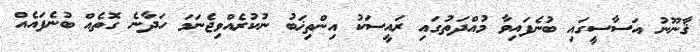
ޤާނޫނު އަސާސީގައި ބުނެފައިވާ މުއްދަތުގައި ރައީސަކު އިންތިޚަބު ނުކުރެއްވިޖެނަމަ ހަދާނެ ގޮތެއް ބުނެފައެއް